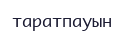
таратпауын